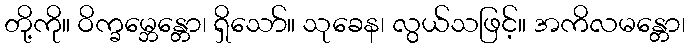
တို့ကို။ ဝိက္ခမ္ဘေန္တော၊ ရှိသော်။ သုခေန၊ လွယ်သဖြင့်။ အကိလမန္တော၊